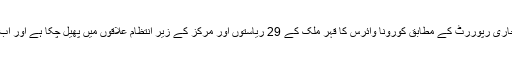
وزارت صحت کی جانب سے جاری رات کو جاری رپوررٹ کے مطابق کورونا وائرس کا قہر ملک کے 29 ریاستوں اور مرکز کے زیر انتظام علاقوں میں پھیل چکا ہے اور اب اس کے 3577 کیسز کی تصدیق ہوچکی ہے۔